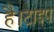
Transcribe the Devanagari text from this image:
है।टाइप